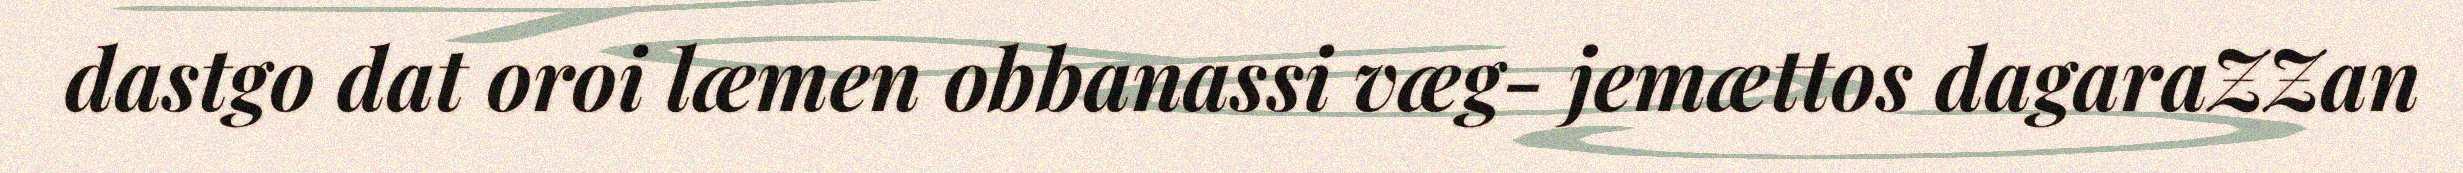
dastgo dat oroi læmen obbanassi væg- jemættos dagaraZZan